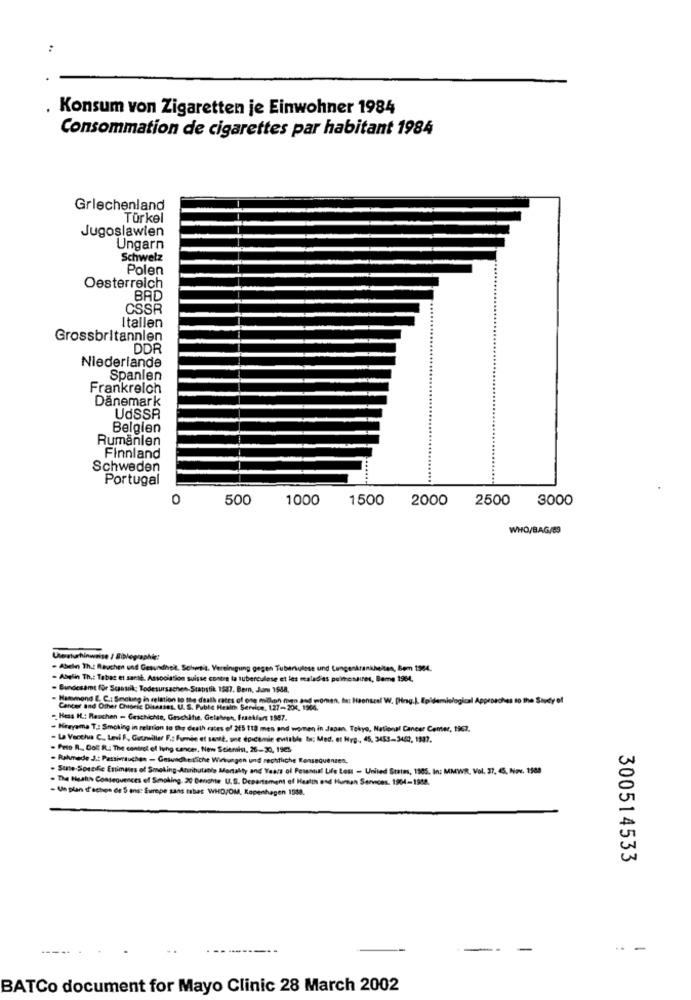
:
Konsum von Zigaretten je Einwohner 1984
Consommation de cigarettes par habitant 1984
Griechenland
Türkel
Jugoslawien
Ungarn
Schwelz
Polen
Oesterreich
BAD
CSSR
Itallen
Grossbritannien
DDR
Niederlande
Spanien
Frankreich
Dänemark
UdSSR
Belgien
Rumänien
Finnland
Schweden
Portugal
0
500
1000
1500
2000
2500
3000
WHO/BAG/89
Uteaturhinweise / Etblographie:
- Abely Th .: Rauchen und Gesundheit. Schwtil. Vereinigung gegen Tuberkulose und Lungenkrankheiten, Bem 1904.
- Abelin Th .: Tabac et saral, Association suisse contre la tuberculose et les maladies pulmonaires, Beme 1964,
· Bundesamt für Scansik: Todesursachen-Statistik: 1587. Bern, Jun 1588.
to the death rates of one milion men and women, la: Haenscel W. [Hng.). Epidemiological Ap
Iches to the Study of
Cancer and Other Chloric Ditesset. U. S. Puble Hesin Service, 127-204, 1964.
. Hess H .: Rauchen - Geschichte, Geschthe, Gefahren, Frankfurt 1987.
- Hireyema T .: Smoking in relation to the death rates of 215 118 men and women in Japan. Tokyo, National Cancer Center, 1967.
- La Vecchia C ., Levi F ., Guenviller F .: Fumie et santé, une epidemie evitable ta; Med. et Hrg ., 45, 3453-3462, 1337.
- Peso R ., Col R .: The control of ling cancer, New Scientist, 26-30, 1965
. Rahmade J .: Pessimauchon - Gowvadke tiche Wirkungen und rechtit
State Specific Enimanes of Smoking-Attributable Mortality and Years of Pesenual Life Lost - United States, 1985. In: MMWR, Vol. 37, 45. Nov. 1500
. The Health Consequences of Smoking. 20 Berichte U.S. Department of Health and Human Services. 1904-1988.
- Un plan d'action de S ans: Europe sans tabac WHO/OM, Kopenhagen 1538.
300514533
-----
-
-
-- -
BATCo document for Mayo Clinic 28 March 2002